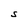
Character: S